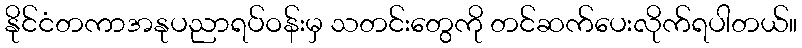
နိုင်ငံတကာအနုပညာရပ်ဝန်းမှ သတင်းတွေကို တင်ဆက်ပေးလိုက်ရပါတယ်။